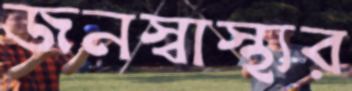
জনস্বাস্থ্যর